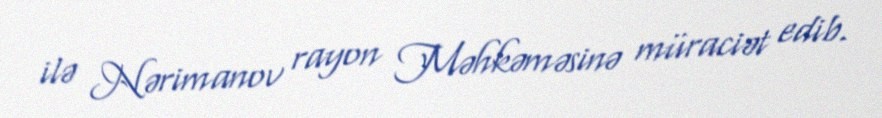
ilə Nərimanov rayon Məhkəməsinə müraciət edib.